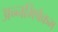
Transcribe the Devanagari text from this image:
अन्नभिषेकम